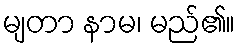
မျတာ နာမ၊ မည်၏။